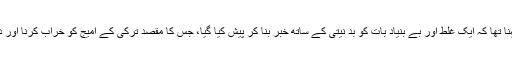
رپورٹ کے مطابق ترکی کے اعلیٰ حکام کا کہنا تھا کہ ایک غلط اور بے بنیاد بات کو بد نیتی کے ساتھ خبر بنا کر پیش کیا گیا، جس کا مقصد ترکی کے امیج کو خراب کرنا اور دنیا کو اس ملک کے بارے میں گمراہ کرنا تھا۔